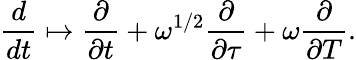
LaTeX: \frac{d}{dt}\mapsto\frac{\partial}{\partial t}+\omega^{1/2}\frac{\partial}{\partial\tau}+\omega\frac{\partial}{\partial T}.